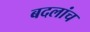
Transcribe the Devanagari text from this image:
बदलांच